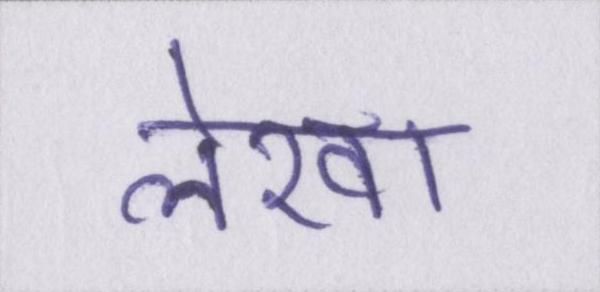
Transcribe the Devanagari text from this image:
लेखा